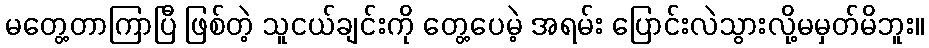
မတွေ့တာကြာပြီ ဖြစ်တဲ့ သူငယ်ချင်းကို တွေ့ပေမဲ့ အရမ်း ပြောင်းလဲသွားလို့မမှတ်မိဘူး။